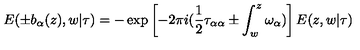
E ( \pm b _ { \alpha } ( z ) , w | \tau ) = - \exp \left[ - 2 \pi i ( \frac { 1 } { 2 } \tau _ { \alpha \alpha } \pm \int _ { w } ^ { z } \omega _ { \alpha } ) \right] E ( z , w | \tau )